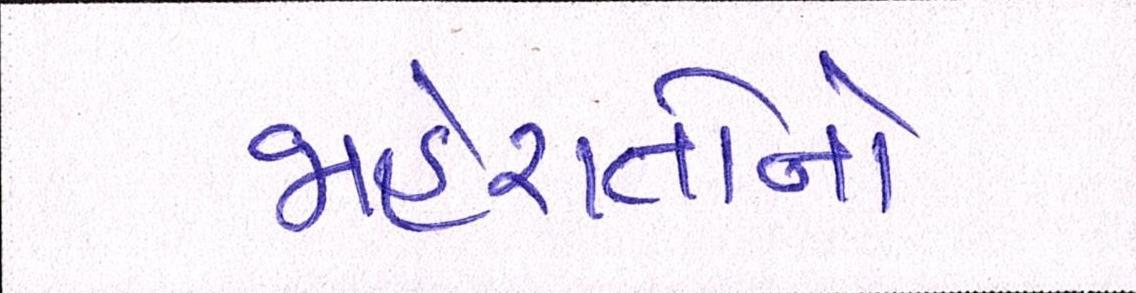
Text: જાહેરાતોનો